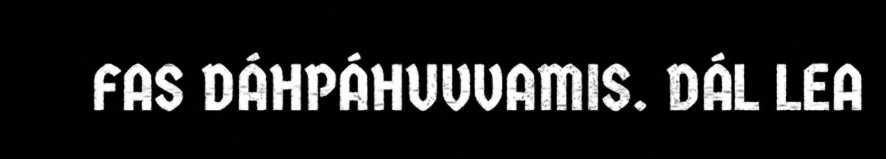
FAS DÁHPÁHUVVAMIS. DÁL LEA